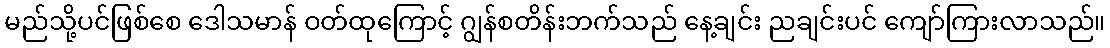
မည်သို့ပင်ဖြစ်စေ ဒေါသမာန် ဝတ်ထုကြောင့် ဂျွန်စတိန်းဘက်သည် နေ့ချင်း ညချင်းပင် ကျော်ကြားလာသည်။